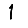
Digit: 1